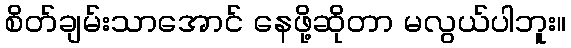
စိတ်ချမ်းသာအောင် နေဖို့ဆိုတာ မလွယ်ပါဘူး။